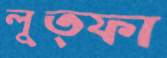
লুত্ফা